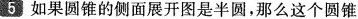
5如果圆锥的侧面展开图是半圆，那么这个圆锥